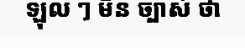
ឡុល ៗ មិន ច្បាស់ ថា